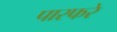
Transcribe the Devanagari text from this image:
पारफरे